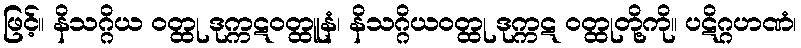
ဖြင့်။ နိသဂ္ဂိယ ဝတ္ထု ဒုက္ကဋဝတ္ထူနံ၊ နိသဂ္ဂိယဝတ္ထု ဒုက္ကဋ ဝတ္ထုတို့ကို။ ပဋိဂ္ဂဟဏံ၊